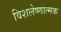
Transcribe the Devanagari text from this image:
विशलेष्णात्मक